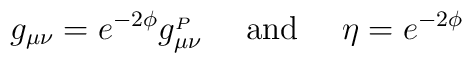
g_{\mu\nu}=e^{-2\phi}  g^{_P}_{\mu\nu}\ \ \ \ {\rm and}\ \ \ \ \eta=e^{-2\phi}